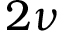
2 \nu